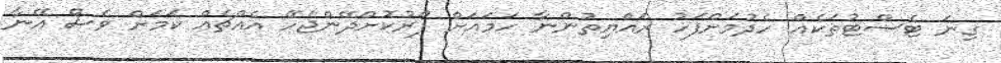
ގިނަ ޓެސްޓުތަކެއް ހެދުމަށްފަހު ރައްޔިތުންނާ ހަމައަށް ފޯރުކޮށްދޭންޖެހޭ އެއްޗެއް ކަމަށް ވެސް އޭނާ